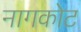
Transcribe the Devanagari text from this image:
नागकोट